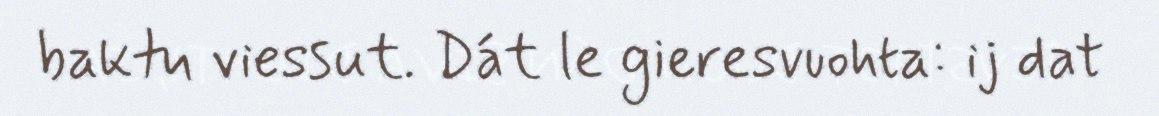
baktu viessut. Dát le gieresvuohta: ij dat